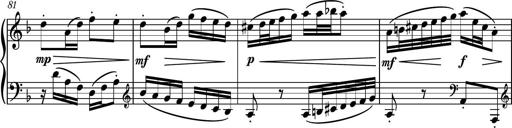
Title: Piano Sonatina No.1
Composer: Dimitri Sykias
Key: D minor